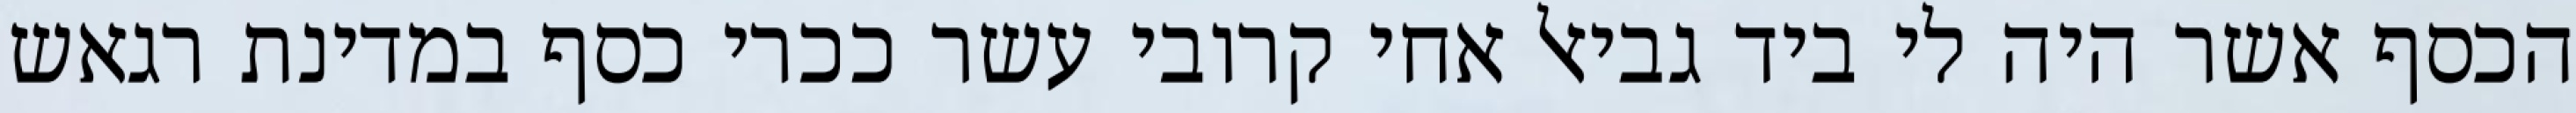
הכסף אשר היה לי ביד גביאל אחי קרובי עשר ככרי כסף במדינת רגאש